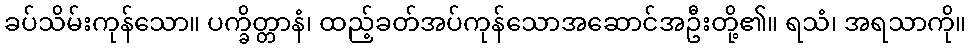
ခပ်သိမ်းကုန်သော။ ပက္ခိတ္တာနံ၊ ထည့်ခတ်အပ်ကုန်သောအဆောင်အဦးတို့၏။ ရသံ၊ အရသာကို။